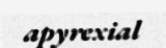
apyrexial